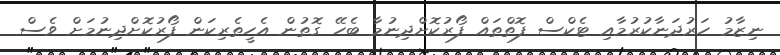
ނިޒާމު ހަރުދަނާކުރުމާއި ޓެކްސް ފޮތްތައް ފޯރުކޮށްދިނުމާ ބެހޭ ގޮތުން އެހީތެރިކަން ފޯރުކޮށްދިނުމަށް ވެސް